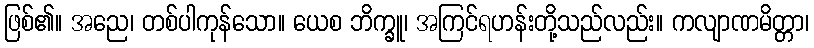
ဖြစ်၏။ အညေ၊ တစ်ပါကုန်သော။ ယေစ ဘိက္ခူ၊ အကြင်ရဟန်းတို့သည်လည်း။ ကလျာဏမိတ္တာ၊